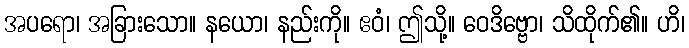
အပရော၊ အခြားသော။ နယော၊ နည်းကို။ ဧဝံ၊ ဤသို့။ ဝေဒိဗ္ဗော၊ သိထိုက်၏။ ဟိ၊